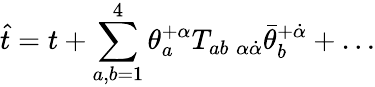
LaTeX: \hat{t}=t+\sum_{a,b=1}^{4}\theta_{a}^{+\alpha}T_{ab\; \alpha\dot{\alpha}}\bar{\theta}_{b}^{+\dot{\alpha}}+\ldots